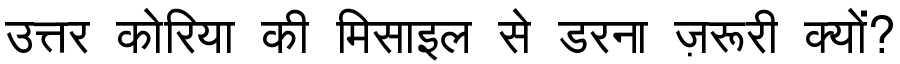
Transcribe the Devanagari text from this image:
उत्तर कोरिया की मिसाइल से डरना ज़रूरी क्यों?